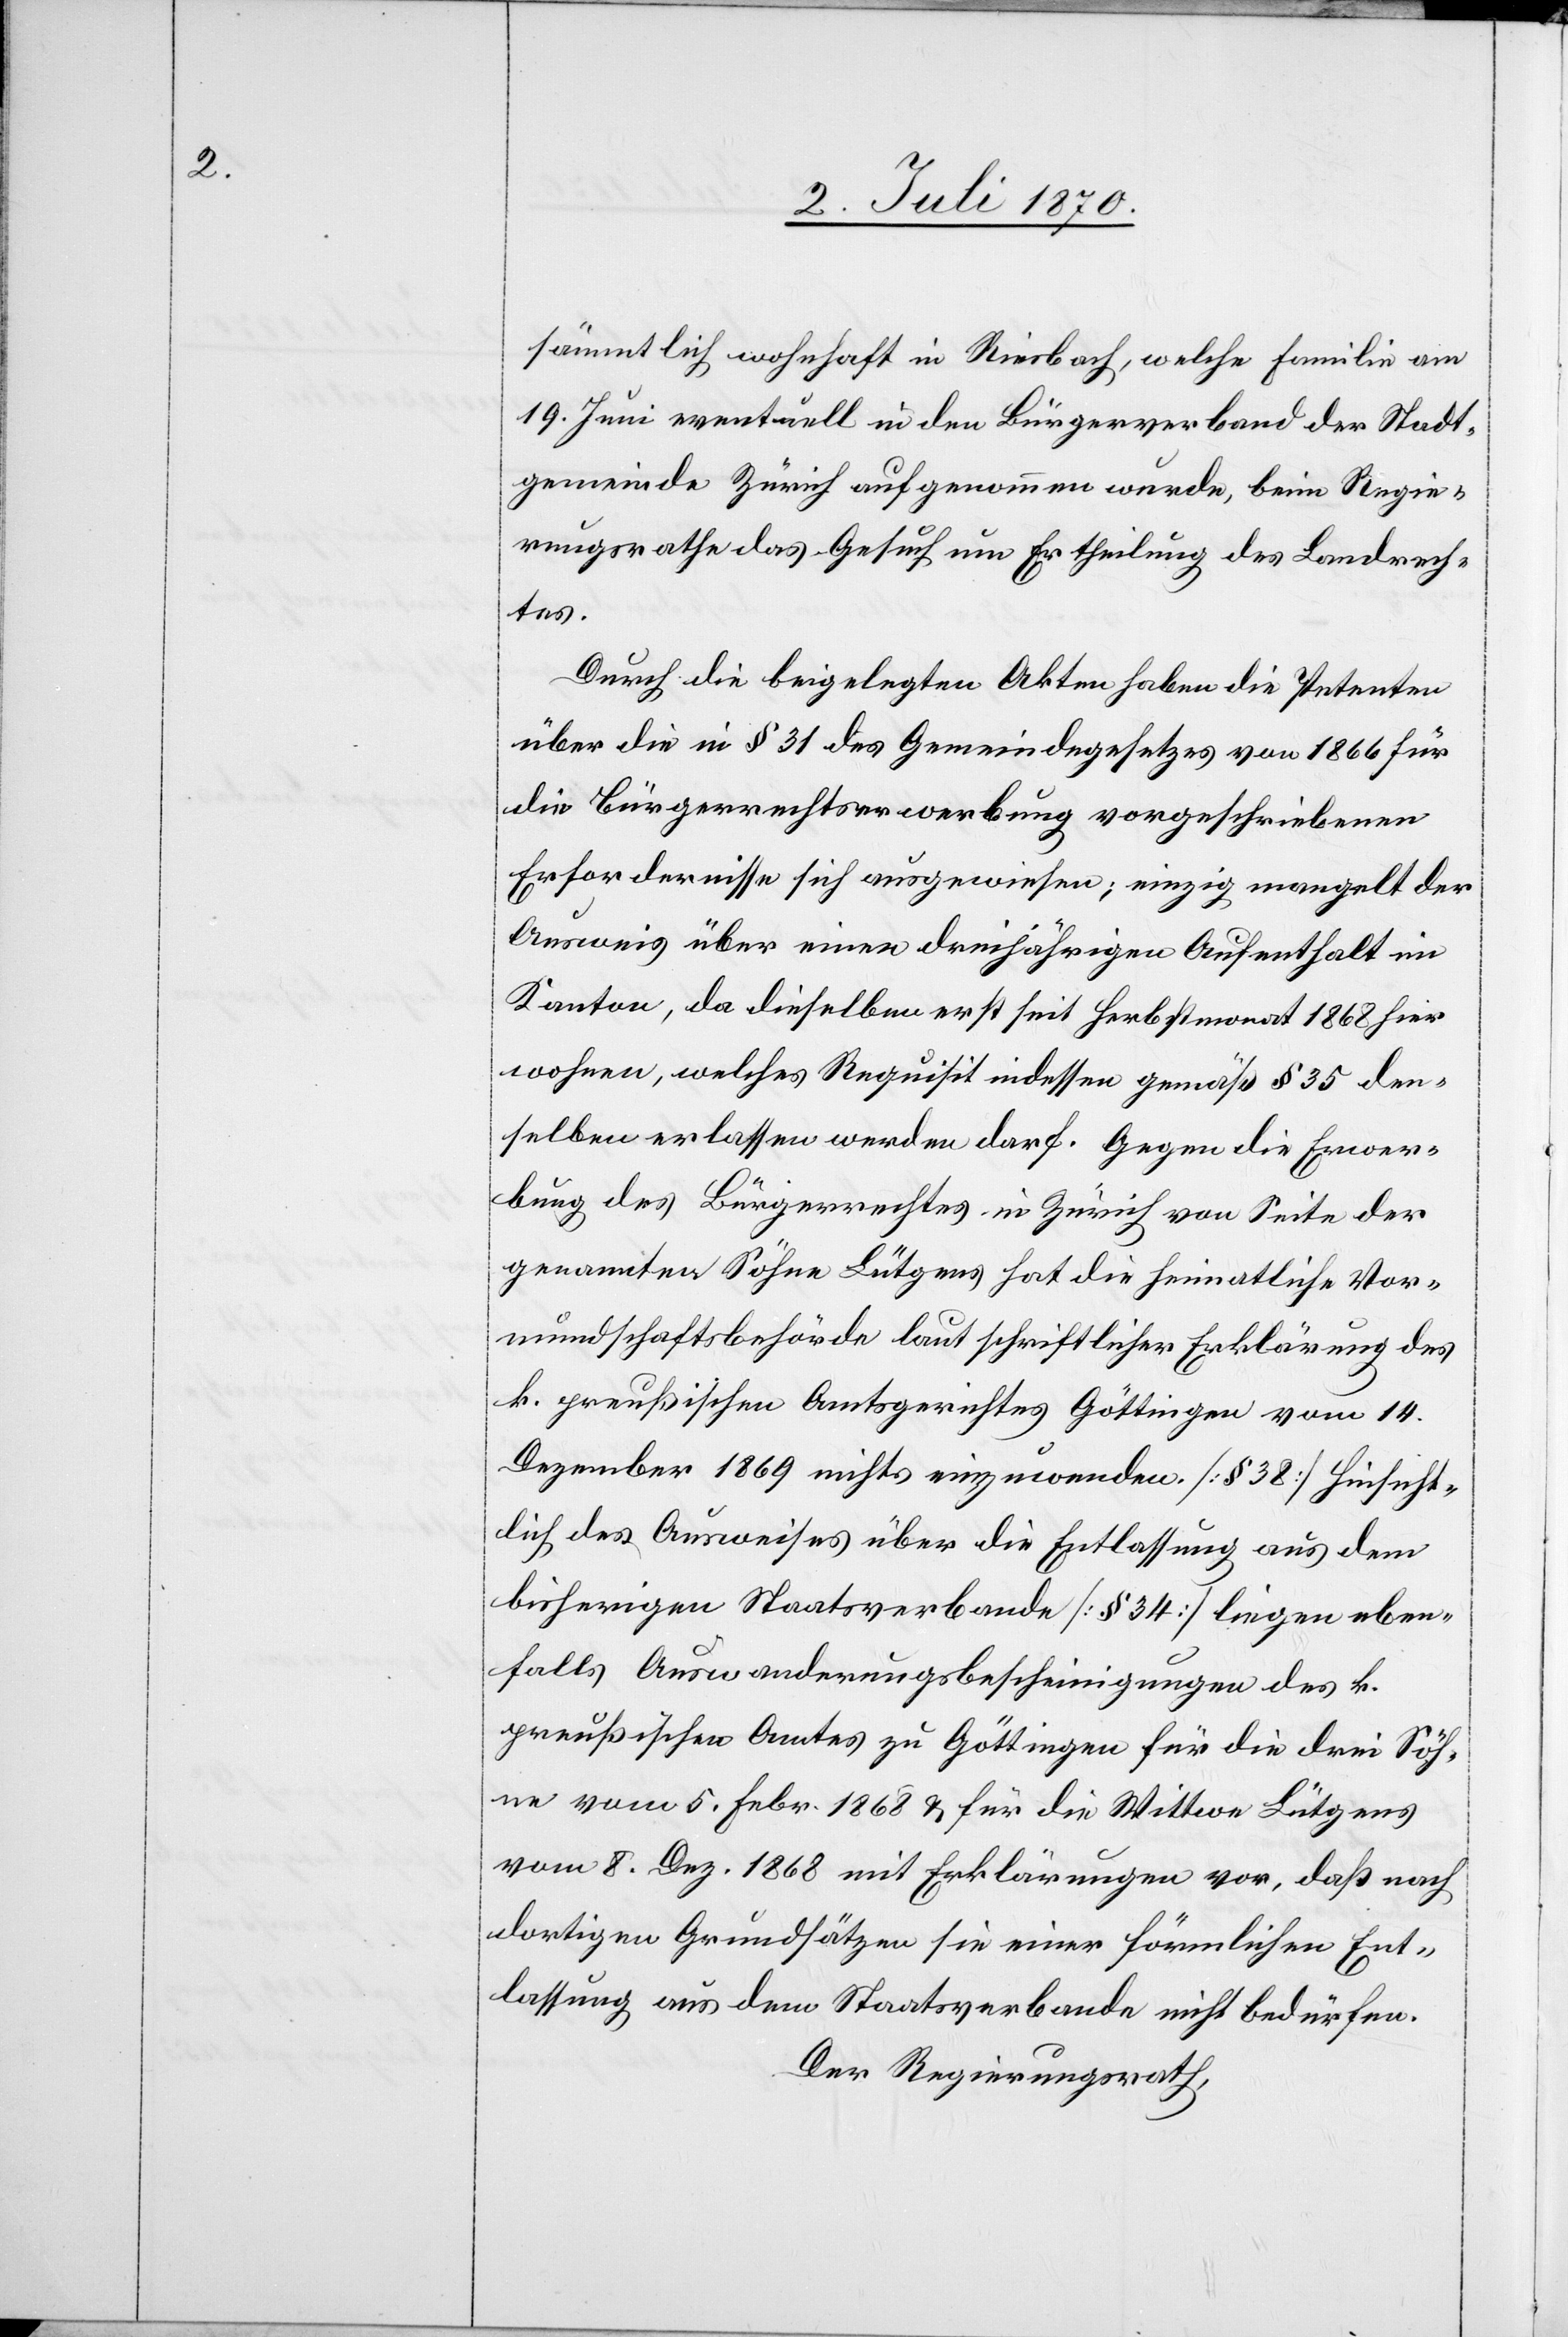
sämmtlich wohnhaft in Riesbach, welche Familie am
19. Juni eventuell in den Bürgerverband der Stadt¬
gemeinde Zürich aufgenommen wurde, beim Regie¬
rungsrathe das Gesuch um Ertheilung des Landrech¬
tes.
Durch die beigelegten Akten haben die Petenten
über die in § 31 des Gemeindegesetzes von 1866 für
die Bürgerrechtserwerbung vorgeschriebenen
Erfordernisse sich ausgewiesen; einzig mangelt der
Ausweis über einen dreijährigen Aufenthalt im
Kanton, da dieselben erst seit Herbstmonat 1868 hier
wohnen, welches Requisit indessen gemäß § 35 den¬
selben erlassen werden darf. Gegen die Erwer¬
bung des Bürgerrechtes in Zürich von Seite der
genannten Söhne Lütgens hat die heimatliche Vor¬
mundschaftsbehörde laut schriftlicher Erklärung des
k. preußischen Amtsgerichtes Göttingen vom 14.
Dezember 1869 nichts einzuwenden. [§ 38] Hinsicht¬
lich des Ausweises über die Entlassung aus dem
bisherigen Staatsverbande [§ 34] liegen eben¬
falls Auswanderungsbescheinigungen des k.
preußischen Amtes zu Göttingen für die drei Söh¬
ne vom 5. Febr. 1868 & für die Wittwe Lütgens
vom 8. Dez. 1868 mit Erklärungen vor, daß nach
dortigen Grundsätzen sie einer förmlichen Ent¬
lassung aus dem Staatsverbande nicht bedürfen.
Der Regierungsrath,